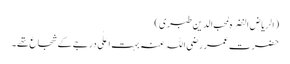
( الریاض النضرہ لمحب الدین طبری )
حضرت عمر رضی اللہ عنہ بہت اعلٰی درجے کے شجاع تھے ۔